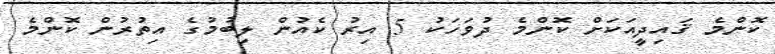
ކޮންމެ ޤައިދީއަކަށް ކޮންމެ ދުވަހަކު 5 އިރު ކެއުން ލިބުމުގެ އިތުރުން ކޮންމެ